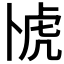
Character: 𫧰